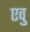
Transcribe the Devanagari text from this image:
एवु